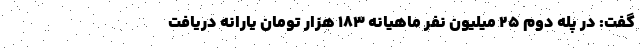
گفت: در پله دوم ۲۵ میلیون نفر ماهیانه ۱۸۳ هزار تومان یارانه دریافت